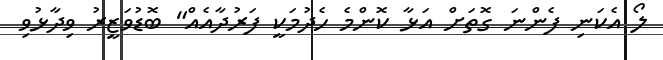
ލޯ އެކަނި ފެންނަ ގޮތަށް އަޅާ ކޮންމެ ހެދުމަކީ ފަރުދާއެއް" ބޮޑުވަޒީރު ވިދާޅުވި